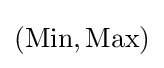
({\text{Min}},{\text{Max}})